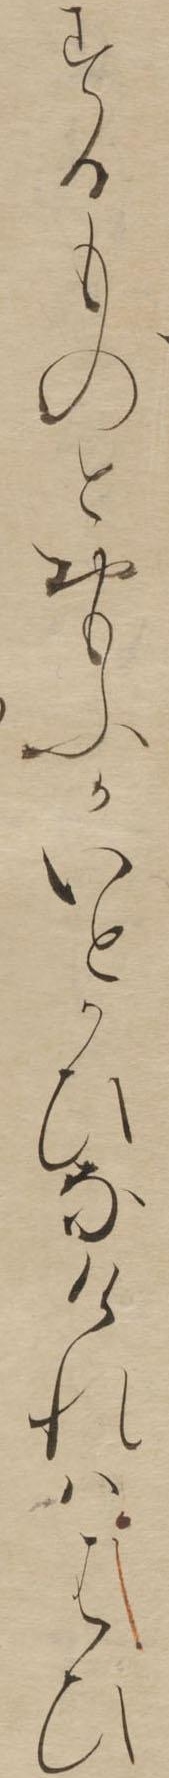
するものとおもふかいとかひなけれははひ